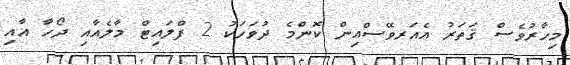
މިހާރުވެސް ޤަތަރު އެއަރވޭސްއިން ކޮންމެ ދުވަހަކު 2 ފްލައިޓް މާލެއާއި ދޯހާ އާއި